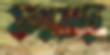
ফস্‌কাচ্ছ